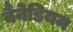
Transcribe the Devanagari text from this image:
वैंनेडियम